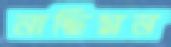
নাছিমন